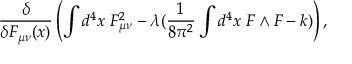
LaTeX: \frac { \delta } { \delta F _ { \mu \nu } ( x ) } \left( \int d ^ { 4 } x \; F _ { \mu \nu } ^ { 2 } - \lambda ( \frac { 1 } { 8 \pi ^ { 2 } } \int d ^ { 4 } x \; F \wedge F - k ) \right) ,